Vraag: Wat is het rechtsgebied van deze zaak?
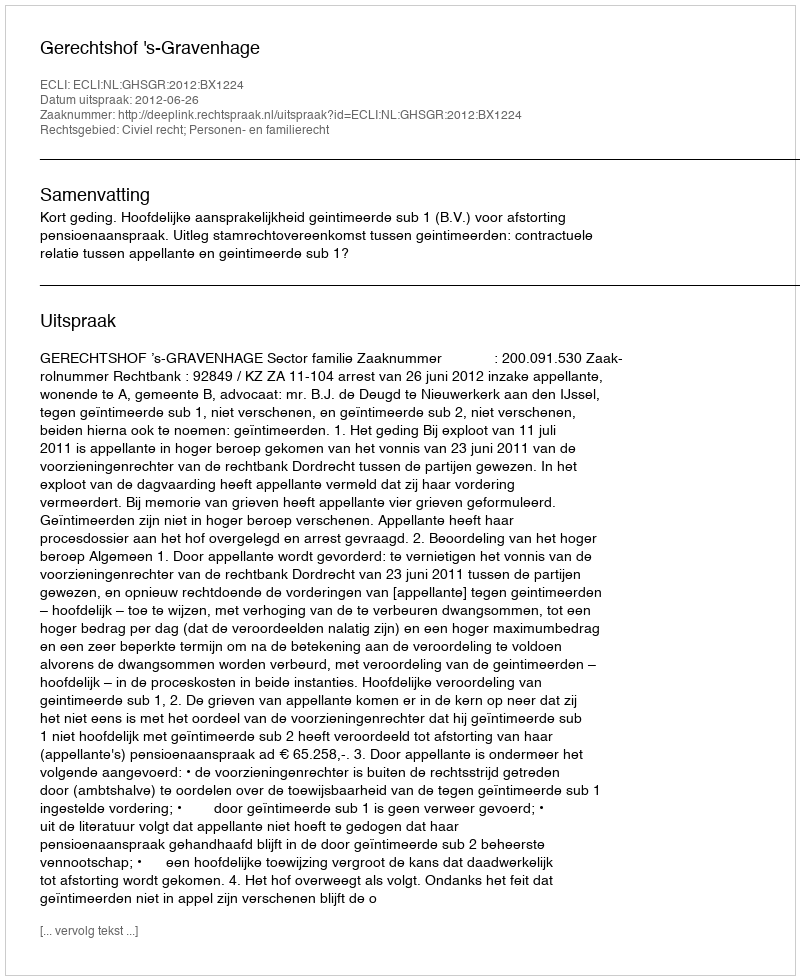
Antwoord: Civiel recht; Personen- en familierecht